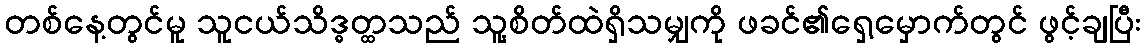
တစ်နေ့တွင်မူ သူငယ်သိဒ္ဓတ္ထသည် သူ့စိတ်ထဲရှိသမျှကို ဖခင်၏ရှေ့မှောက်တွင် ဖွင့်ချပြီး